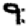
Digit: 9